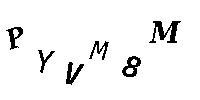
PYVM8M